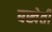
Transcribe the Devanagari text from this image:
बखेती